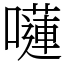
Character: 𡂴